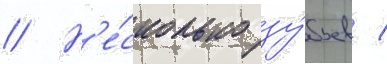
// Н'е́сколько зу́бьев /